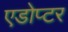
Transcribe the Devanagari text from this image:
एडोप्टर